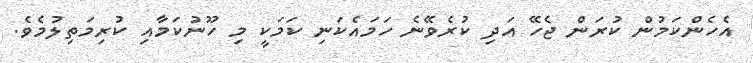
އެހެންކަމުން ކުރަން ޖެހޭ އަދި ކުރެވޭނެ ހަމައެކަނި ކަމަކީ މި ހޫނުކަމާއި ކުރިމަތިލުމެވެ.